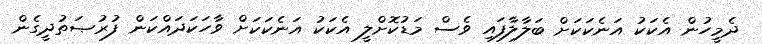
ދެމީހުން އެކަކު އަނެކަކަށް ބަލާލާފައި ވެސް މަޑުކޮށްލީ އެކަކު އަނެކަކަށް ވާހަކަދައްކަން ފުރުޞަތުދީގެން